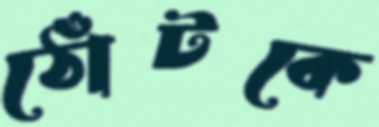
ঠোঁটকে